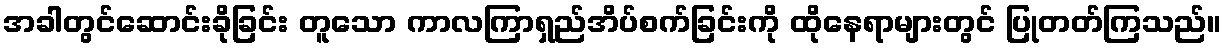
အခါတွင်ဆောင်းခိုခြင်း တူသော ကာလကြာရှည်အိပ်စက်ခြင်းကို ထိုနေရာများတွင် ပြုတတ်ကြသည်။